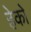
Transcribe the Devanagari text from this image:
हेको